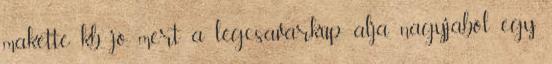
maketté kb. jó, mert a légcsavarkúp alja nagyjából egy